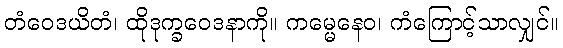
တံဝေဒယိတံ၊ ထိုဒုက္ခဝေဒနာကို။ ကမ္မေနေဝ၊ ကံကြောင့်သာလျှင်။